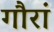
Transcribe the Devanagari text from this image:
गौरां